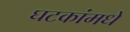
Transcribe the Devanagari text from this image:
घटकांमधे